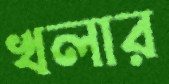
খলার